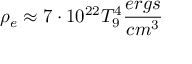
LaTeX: \rho _ { e } \approx 7 \cdot 1 0 ^ { 2 2 } T _ { 9 } ^ { 4 } \frac { e r g s } { c m ^ { 3 } }